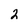
Character: 2